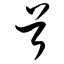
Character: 首